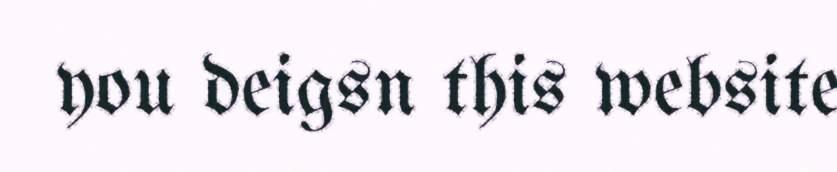
you deigsn this website